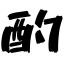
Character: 酌